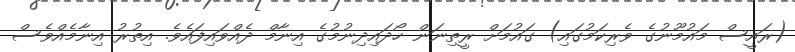
(ރައީސް މައުމޫނުގެ ވެރިކަމުގައި) ގައުމަށް ރީތިނަން ހޯދައިދިނުމުގެ އިނާމް ދެއްވައިފައެވެ. އިތުރު އިނާމެއްވެސް